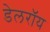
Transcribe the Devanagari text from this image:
डेलराॅय